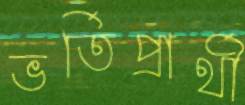
ভর্তিপ্রার্থী